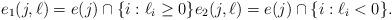
LaTeX: \begin{align*}e_1(j,\ell)=e(j)\cap \{i: \ell_i\geq 0\}e_2(j,\ell)= e(j)\cap \{i: \ell_i<0\}. \end{align*}